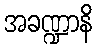
အခဏ္ဍာနိ